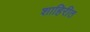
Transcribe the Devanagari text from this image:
शाहिरीत